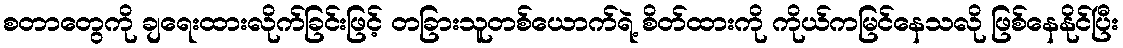
စတာတွေကို ချရေးထားလိုက်ခြင်းဖြင့် တခြားသူတစ်ယောက်ရဲ့ စိတ်ထားကို ကိုယ်ကမြင်နေသလို ဖြစ်နေနိုင်ပြီး